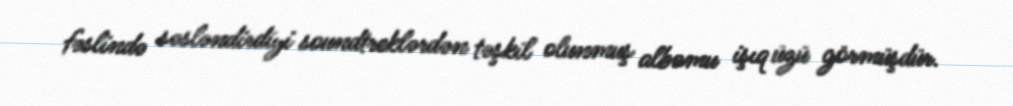
fəslində səsləndirdiyi soundtreklərdən təşkil olunmuş albomu işıq üzü görmüşdür.